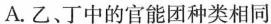
A. 乙、丁中的官能团种类相同